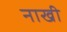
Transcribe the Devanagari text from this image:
नाखी